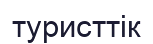
туристтік